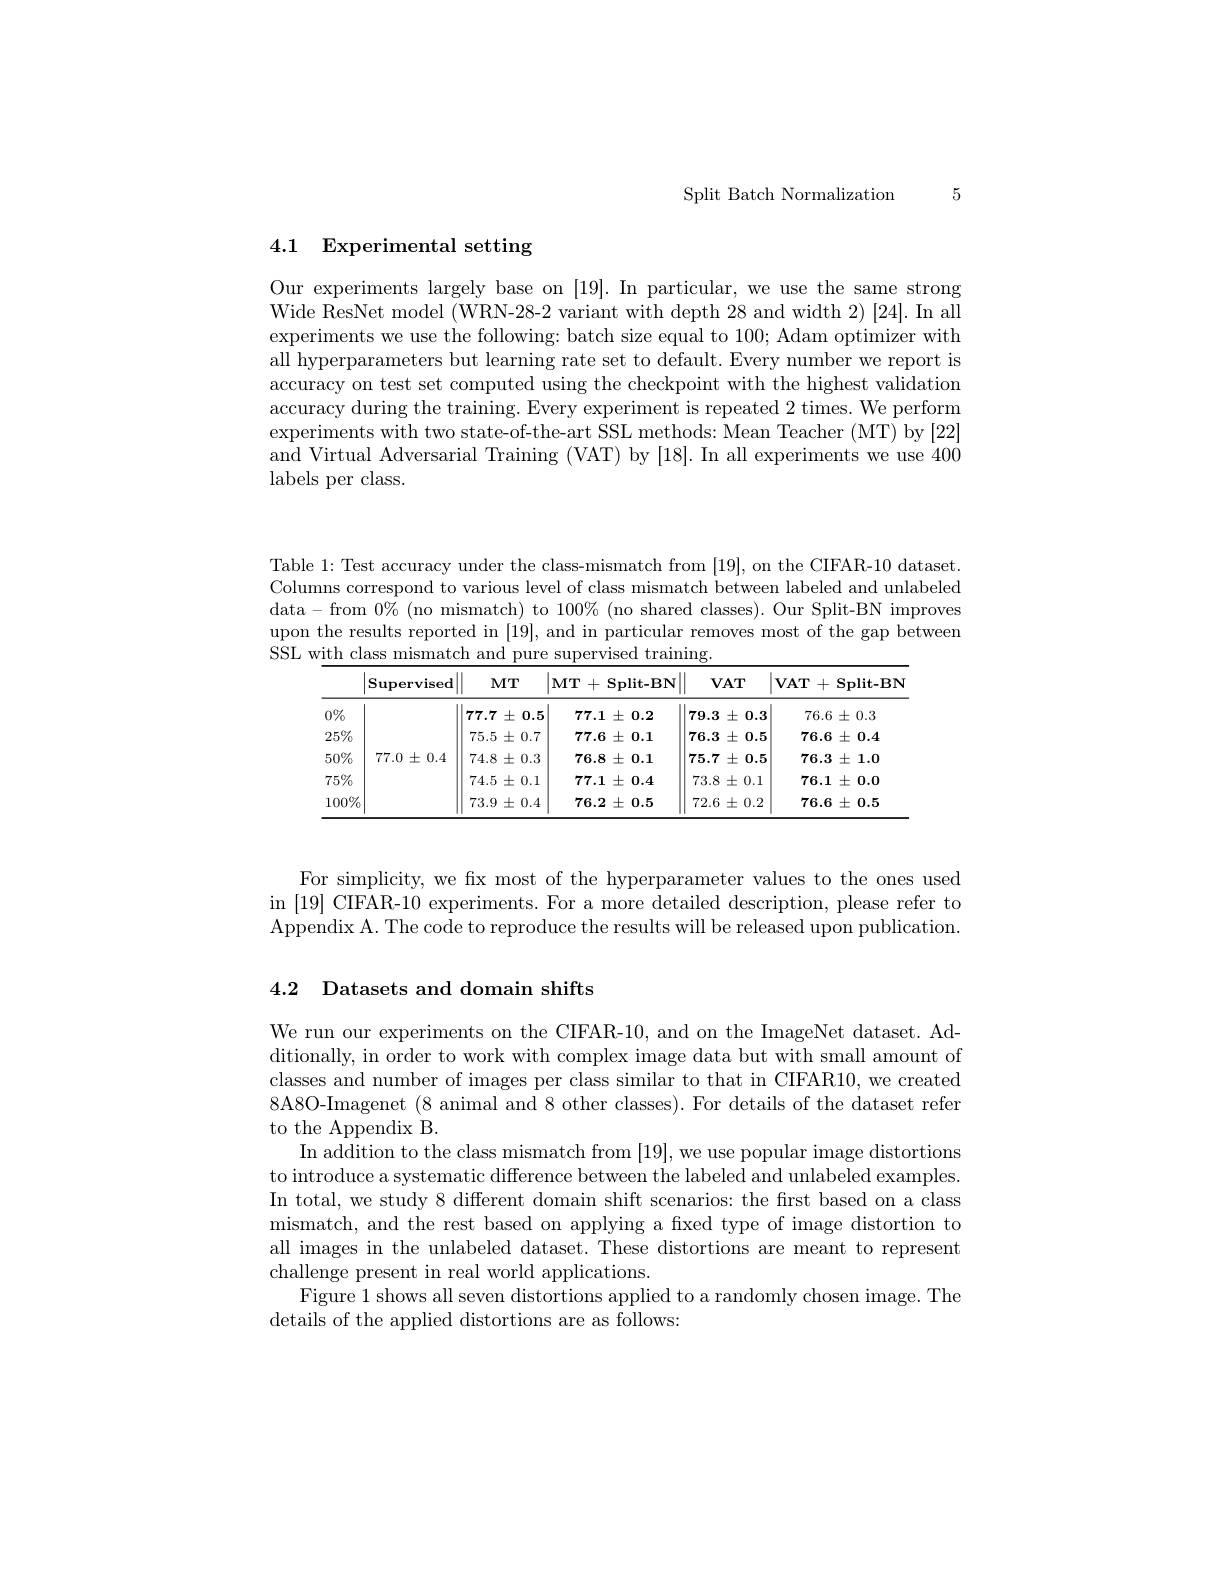
Split Batch Normalization 5

# 4.1 Experimental setting

Our experiments largely base on [19]. In particular, we use the same strong Wide ResNet model (WRN-28-2 variant with depth 28 and width 2) [24]. In all experiments we use the following: batch size equal to 100; Adam optimizer with all hyperparameters but learning rate set to default. Every number we report is accuracy on test set computed using the checkpoint with the highest validation accuracy during the training. Every experiment is repeated 2 times. We perform experiments with two state-of-the-art SSL methods: Mean Teacher (MT) by [22] and Virtual Adversarial Training (VAT) by [18]. In all experiments we use 400 labels per class.

Table 1: Test accuracy under the class-mismatch from [19], on the CIFAR-10 dataset. Columns correspond to various level of class mismatch between labeled and unlabeled data - from $0\%$ (no mismatch) to $100\%$ (no shared classes). Our Split-BN improves upon the results reported in [19], and in particular removes most of the gap between SSL with class mismatch and pure supervised training.

<table>
	<tbody>
		<tr>
			<th> </th>
			<th>$\operatorname{Supervised}$</th>
			<th>$MT$</th>
			<th>$\mathbf{MT}+$ $\mathbf{Split-BN}$ $\frac{1}{2}=\frac{1}{2}=\frac{1}{2}$ .</th>
			<th>$VAT$</th>
			<th>$\mathbf{VAT}$ + $\mathbf{Split-BN}$ , , $\frac{1}{2}=\frac{1}{2}=\frac{1}{2}$</th>
		</tr>
		<tr>
			<td></td>
			<td> </td>
			<td>$77.7\pm0.5$</td>
			<td>$77.1\pm0.2$</td>
			<td>79.3 $\pm0.3$ T</td>
			<td>$76.6\pm0.3$</td>
		</tr>
		<tr>
			<td>$25\%$</td>
			<td> </td>
			<td>$75.5\pm0.7$</td>
			<td>$77.6\pm0.1$</td>
			<td>76.3 $\pm0.5$ $x$</td>
			<td>$76.6\pm0.4$</td>
		</tr>
		<tr>
			<td>50%</td>
			<td>$77.0\pm0.4$</td>
			<td>$74.8\pm0.3$</td>
			<td>$76.8\pm0.1$</td>
			<td>$75.7\pm0.5$</td>
			<td>$76.3\pm1.0$</td>
		</tr>
		<tr>
			<td>$75\%$</td>
			<td> </td>
			<td>$74.5\pm0.1$</td>
			<td>$77.1\pm0.4$</td>
			<td>$73.8\pm0.1$</td>
			<td>$76.1\pm0.0$</td>
		</tr>
		<tr>
			<td>$100\%$</td>
			<td> </td>
			<td>$73.9\pm0.4$</td>
			<td>$76.2\pm0.5$</td>
			<td>$72.6\pm0.2$</td>
			<td>$76.6\pm0.5$</td>
		</tr>
	</tbody>
</table>

For simplicity, we fx most of the hyperparameter values to the ones used in [19] CIFAR-10 experiments. For a more detailed description, please refer to Appendix A. The code to reproduce the results will be released upon publication.

4.2 Datasets and domain shifts

We run our experiments on the CIFAR-10, and on the ImageNet dataset. Additionally, in order to work with complex image data but with small amount of classes and number of images per class similar to that in CIFAR10, we created 8A8O-Imagenet (8 animal and 8 other classes). For details of the dataset refer to the Appendix B.
In addition to the class mismatch from [19],we use popular image distortions to introduce a systematic difference between the labeled and unlabeled examples. In total, we study 8 different domain shift scenarios: the first based on a class mismatch, and the rest based on applying a fxed type of image distortion to all images in the unlabeled dataset. These distortions are meant to represent challenge present in real world applications.
Figure 1 shows all seven distortions applied to a randomly chosen image. The
details of the applied distortions are as follows: